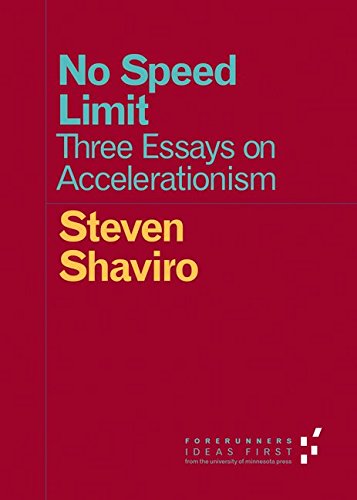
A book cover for No Speed Limit: Three Essays on Accelerationism (Forerunners: Ideas First); Steven Shaviro; Politics & Social Sciences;